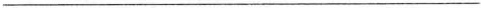
___